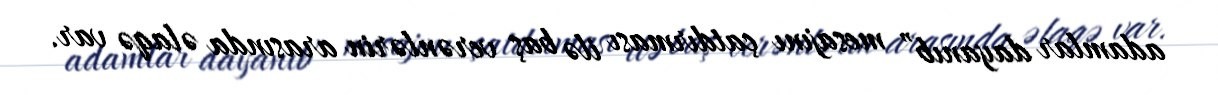
adamlar dayanıb” mesajını çatdırması ilə baş verənlərin arasında əlaqə var.